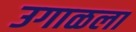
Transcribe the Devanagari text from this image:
उगाळला